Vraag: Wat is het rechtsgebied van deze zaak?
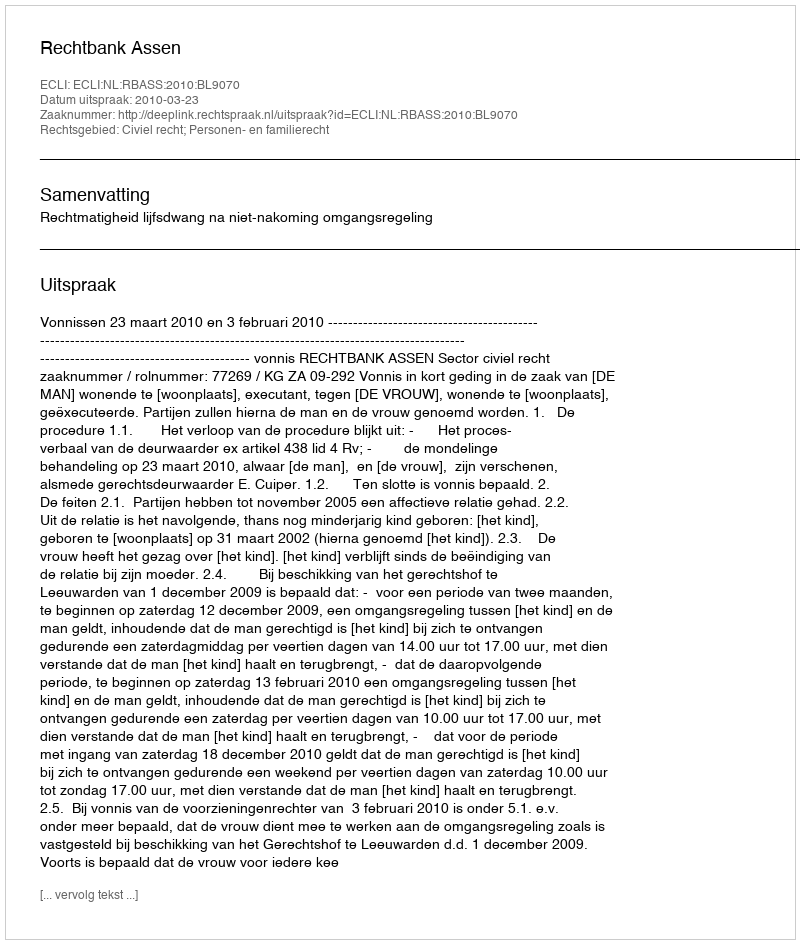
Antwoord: Civiel recht; Personen- en familierecht